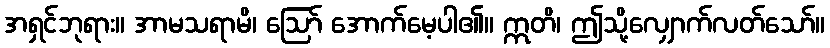
အရှင်ဘုရား။ အာမသရာမိ၊ ဩော် အောက်မေ့ပါ၏။ ဣတိ၊ ဤသို့လျှောက်လတ်သော်။